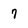
Character: 7